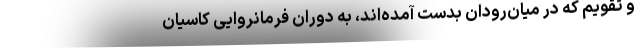
و تقویم که در میان‌رودان بدست آمده‌اند، به دوران فرمانروایی کاسیان